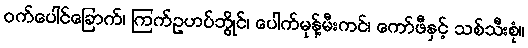
ဝက်ပေါင်ခြောက်၊ ကြက်ဥဟပ်ဘွိုင်၊ ပေါက်မုန့်မီးကင်၊ ကော်ဖီနှင့် သစ်သီးစုံ။